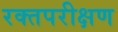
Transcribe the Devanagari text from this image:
रक्तपरीक्षण